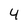
Character: 4